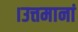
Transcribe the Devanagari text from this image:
।उत्तमानां